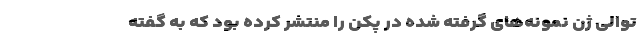
توالی ژن نمونه‌های گرفته شده در پکن را منتشر کرده بود که به گفته